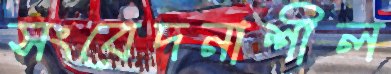
সংবেদনাশীল